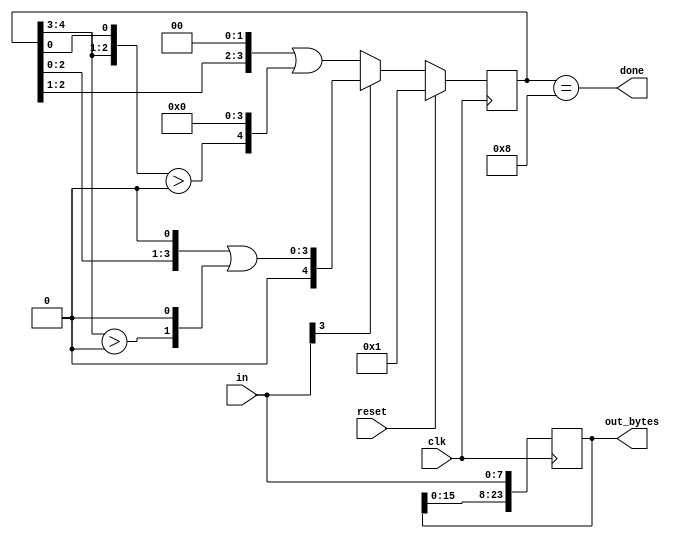
module top_module(
    input clk,
    input [7:0] in,
    input reset,    // Synchronous reset
    output reg [23:0] out_bytes,
    output done); //

    reg [4:0] state, next_state;
    
    // State transition logic (combinational)
    assign next_state = reset ? 1 : (in[3] ? (state[2:0] << 1) | (state[4:3] > 0) << 1 : (state[2:1] << 2) | ({state[4:3], state[0]} > 0) << 4);
    
    // State flip-flops (sequential)
    always @(posedge clk) begin
        state <= next_state;
        out_bytes <= {out_bytes[15:0], in};
    end
 
    // Output logic
    assign done = (state == 'b1000);


endmodule